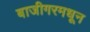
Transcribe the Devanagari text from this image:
बाजीगरमधून